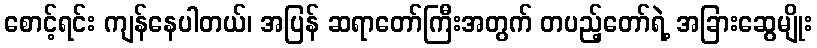
စောင့်ရင်း ကျန်နေပါတယ်၊ အပြန် ဆရာတော်ကြီးအတွက် တပည့်တော်ရဲ့ အခြားဆွေမျိုး